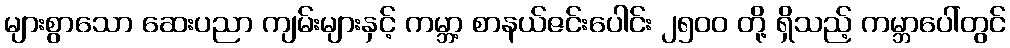
များစွာသော ဆေးပညာ ကျမ်းများနှင့် ကမ္ဘာ့ စာနယ်ဇင်းပေါင်း ၂၅၀၀ တို့ ရှိသည့် ကမ္ဘာပေါ်တွင်